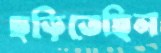
ছড়িতেছিল